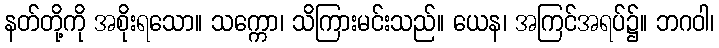
နတ်တို့ကို အစိုးရသော။ သက္ကော၊ သိကြားမင်းသည်။ ယေန၊ အကြင်အရပ်၌။ ဘဂဝါ၊